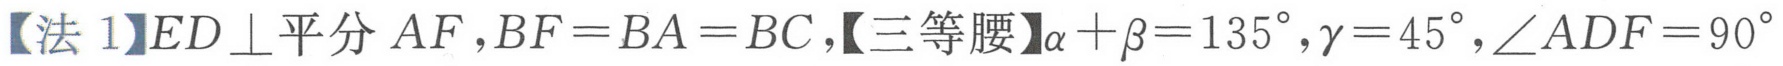
【法 1】\(ED\perp\)平分 \(AF\)，\(BF = BA = BC\)，【三等腰】\(\alpha+\beta = 135^{\circ}\)，\(\gamma = 45^{\circ}\)，\(\angle ADF = 90^{\circ}\)